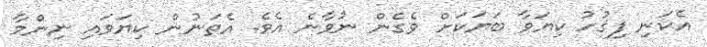
އެކަނި ފިޤުހު ކިޔަވާ ބަޔަކަށް ވެގެން ނުވާނެ އެވެ. އެތަނުން ކިޔަވައި ނިންމާ